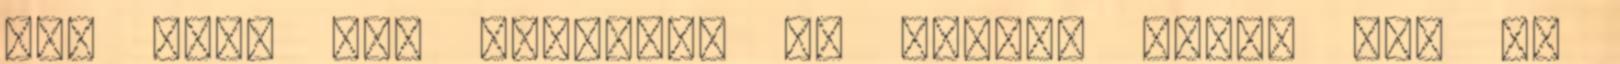
vár Rád, még csalódás is lehet, ezért nem is